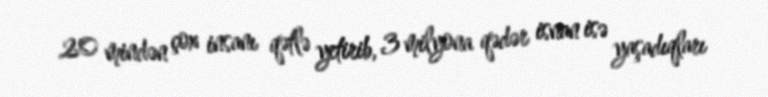
20 mindən çox insanı qətlə yetirib, 3 milyona qədər isnan isə yaşadıqları